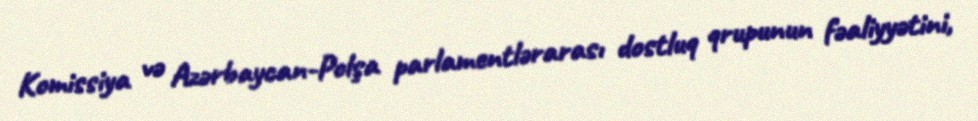
Komissiya və Azərbaycan-Polşa parlamentlərarası dostluq qrupunun fəaliyyətini,